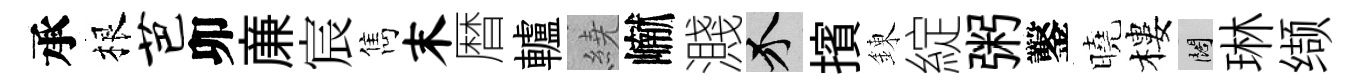
承根芭卯亷宸雋末暦轤繞𪩘濺介擯錬綻粥鑿曉樓闊琳缬